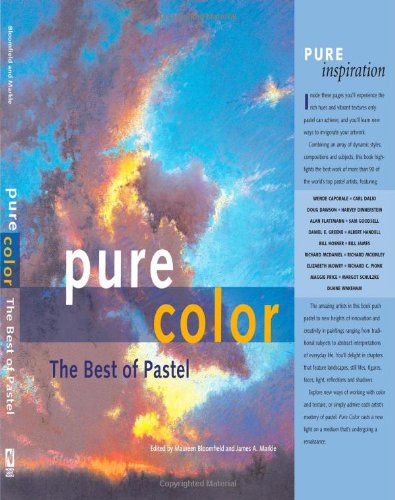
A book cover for Pure Color: The Best of Pastel; Arts & Photography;